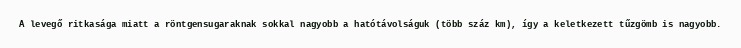
A levegő ritkasága miatt a röntgensugaraknak sokkal nagyobb a hatótávolságuk (több száz km), így a keletkezett tűzgömb is nagyobb.